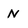
Character: N